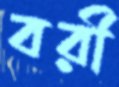
বরী